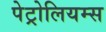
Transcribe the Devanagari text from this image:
पेट्रोलियम्स